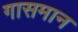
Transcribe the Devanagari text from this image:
गासमान